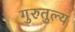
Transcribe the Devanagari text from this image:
गुरुतुल्य